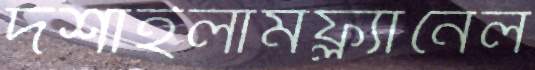
দর্শাইলামফ্ল্যানেল